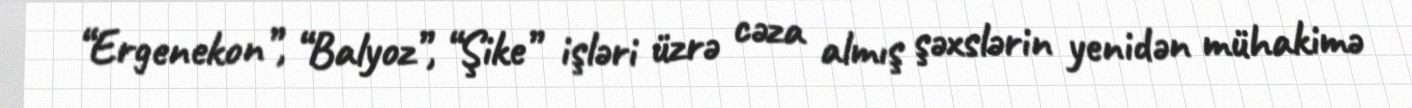
“Ergenekon”, “Balyoz”, “Şike” işləri üzrə cəza almış şəxslərin yenidən mühakimə